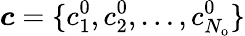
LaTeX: \boldsymbol{c}=\{ c_{1}^{0},c_{2}^{0},\ldots,c_{N_{\mathrm{o}}}^{0}\}